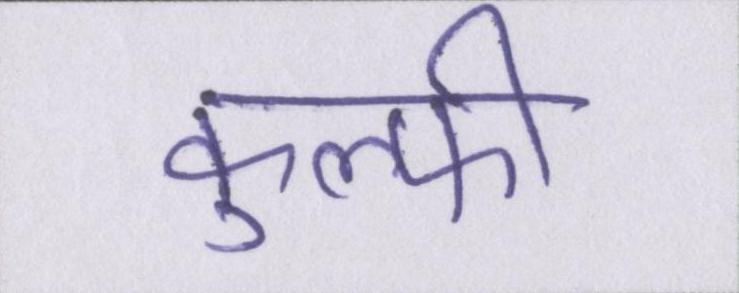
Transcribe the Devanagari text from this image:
कुल्फी